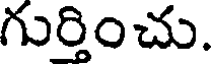
గుర్తించు.